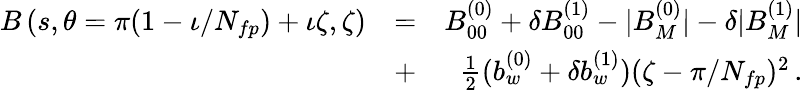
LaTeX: \begin{array}{rlr}{B\left(s,\theta=\pi(1-\iota/N_{fp})+\iota\zeta,\zeta\right)}&{=}&{B_{00}^{(0)}+\delta B_{00}^{(1)}-|B_{M}^{(0)}|-\delta|B_{M}^{(1)}|}\\ &{+}&{\frac{1}{2}(b_{w}^{(0)}+\delta b_{w}^{(1)})(\zeta-\pi/N_{fp})^{2}\, .}\end{array}